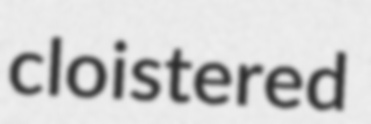
cloistered